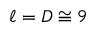
\ell = D \cong 9